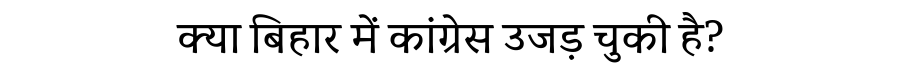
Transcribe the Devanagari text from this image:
क्या बिहार में कांग्रेस उजड़ चुकी है?